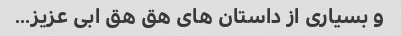
و بسیاری از داستان های هق هق ابی عزیز...